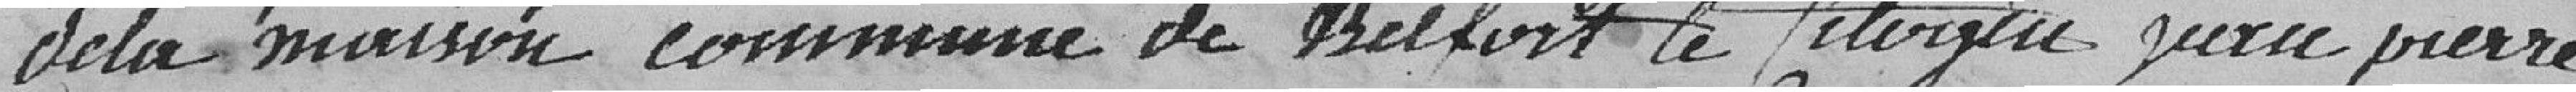
de la maison commune de Belfort le citoyen Jean-pierre